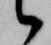
候